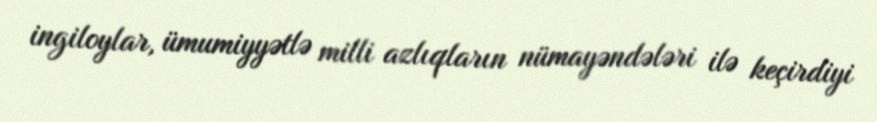
ingiloylar, ümumiyyətlə milli azlıqların nümayəndələri ilə keçirdiyi